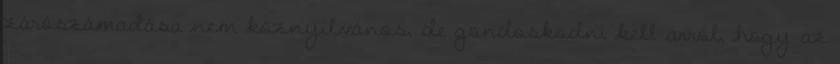
zárószámadása nem köznyilvános, de gondoskodni kell arról, hogy az